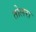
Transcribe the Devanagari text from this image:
तोलरा